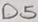
Text: D5